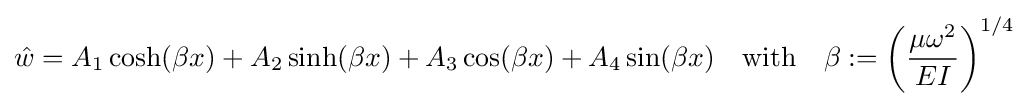
{\hat {w}}=A_{1}\cosh(\beta x)+A_{2}\sinh(\beta x)+A_{3}\cos(\beta x)+A_{4}\sin(\beta x)\quad {\text{with}}\quad \beta :=\left({\frac {\mu \omega ^{2}}{EI}}\right)^{1/4}